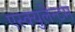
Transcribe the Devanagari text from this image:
एस्क्युलेन्टम